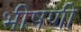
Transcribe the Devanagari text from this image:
भीषणी